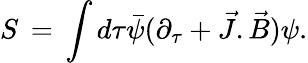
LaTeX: S\, =\, \int d\tau{\bar{\psi}}(\partial_{\tau}+{\vec{J}}.{\vec{B}})\psi.